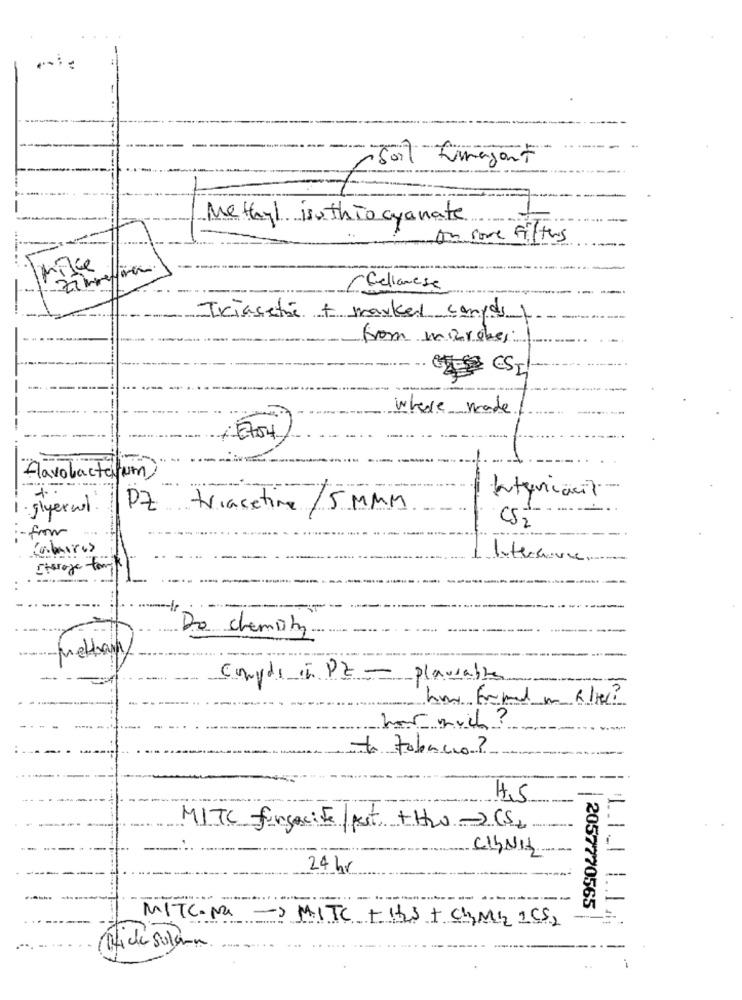
7
Methyl isothiocyanate
on some filters
Mike
-Cellanese
Iriasete + marked compost
from miraber
where made
flavobacterium
1. glyerwl
PZ triacetine /5 MMM
-from
CS2
Charge for
Do chemisty
conydi in PZ- plausable
how much ?
ta tobacco ?
4,5
MITC fongecif/post +H2o ->CS2
24 hr
2057770565
MITC.Na -MITC + 133 + CHMI 1CS2